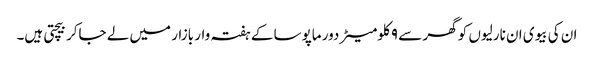
ان کی بیوی ان نارلیوں کو گھر سے ۹ کلومیٹر دور ماپوسا کے ہفتہ وار بازار میں لے جاکر بیچتی ہیں۔